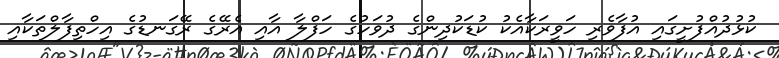
ކުޅުދުއްފުށީގައި އުފާވެރި ހަވީރަކާއެކު ކުޑަކުދިންގެ ދުވަހުގެ ހަފްލާ އާއި އެރޭގެ ރޭގަނޑުގެ އިހްތިފާލްތަކާއި